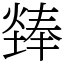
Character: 㷯